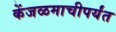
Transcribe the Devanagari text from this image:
केंजळमाचीपर्यंत